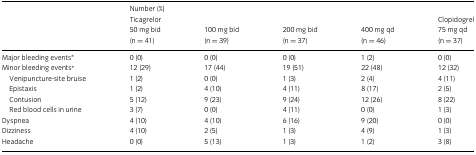
<table><thead><tr><td></td><td><b>Number (%) Ticagrelor 50 mg bid (n = 41)</b></td><td><b>100 mg bid (n = 39)</b></td><td><b>200 mg bid (n = 37)</b></td><td><b>400 mg qd (n = 46)</b></td><td><b>Clopidogrel 75 mg qd (n = 37)</b></td></tr></thead><tbody><tr><td>Major bleeding events*</td><td>0 (0)</td><td>0 (0)</td><td>0 (0)</td><td>1 (2)</td><td>0 (0)</td></tr><tr><td>Minor bleeding events*</td><td>12 (29)</td><td>17 (44)</td><td>19 (51)</td><td>22 (48)</td><td>12 (32)</td></tr><tr><td>Venipuncture-site bruise</td><td>1 (2)</td><td>0 (0)</td><td>1 (3)</td><td>2 (4)</td><td>4 (11)</td></tr><tr><td>Epistaxis</td><td>1 (2)</td><td>4 (10)</td><td>4 (11)</td><td>8 (17)</td><td>2 (5)</td></tr><tr><td>Contusion</td><td>5 (12)</td><td>9 (23)</td><td>9 (24)</td><td>12 (26)</td><td>8 (22)</td></tr><tr><td>Red blood cells in urine</td><td>3 (7)</td><td>0 (0)</td><td>4 (11)</td><td>0 (0)</td><td>1 (3)</td></tr><tr><td>Dyspnea</td><td>4 (10)</td><td>4 (10)</td><td>6 (16)</td><td>9 (20)</td><td>0 (0)</td></tr><tr><td>Dizziness</td><td>4 (10)</td><td>2 (5)</td><td>1 (3)</td><td>4 (9)</td><td>1 (3)</td></tr><tr><td>Headache</td><td>0 (0)</td><td>5 (13)</td><td>1 (3)</td><td>1 (2)</td><td>3 (8)</td></tr></tbody></table>